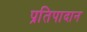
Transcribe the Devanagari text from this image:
प्रतिपादान